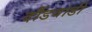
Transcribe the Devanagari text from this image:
दौंडवाडी